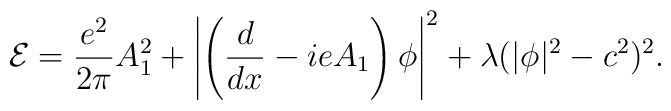
{\cal E} = \frac{e^2}{2\pi} A_1^2 + \left|\left(\frac{d}{dx}-ieA_1\right)\phi \right|^2 +  \lambda(|\phi|^2 - c^2)^2.